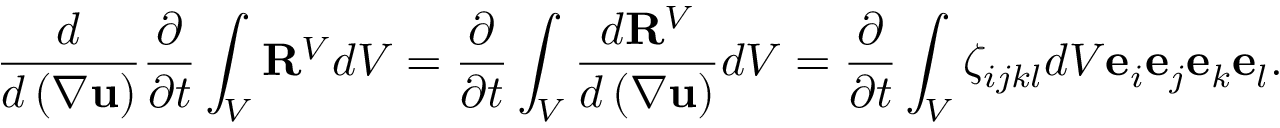
\frac { d } { d \left( \nabla \mathbf { u } \right) } \frac { \partial } { \partial t } \int _ { V } \mathbf { R } ^ { V } d V = \frac { \partial } { \partial t } \int _ { V } \frac { d \mathbf { R } ^ { V } } { d \left( \nabla \mathbf { u } \right) } d V = \frac { \partial } { \partial t } \int _ { V } \zeta _ { i j k l } d V \mathbf { e } _ { i } \mathbf { e } _ { j } \mathbf { e } _ { k } \mathbf { e } _ { l } .